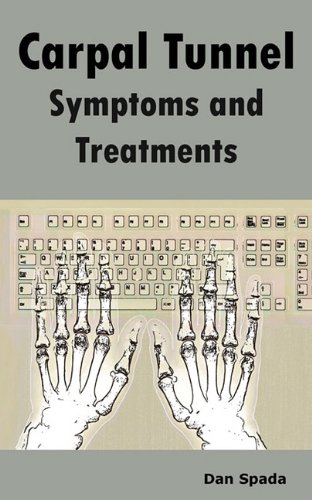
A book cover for Carpal Tunnel Symptoms and Treatments: All about Carpal Tunnel Syndrome Causes, Diagnosing, Symptoms, Signs, Non-Surgical and Surgical Treatments, Alt; Dan Spada; Health, Fitness & Dieting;